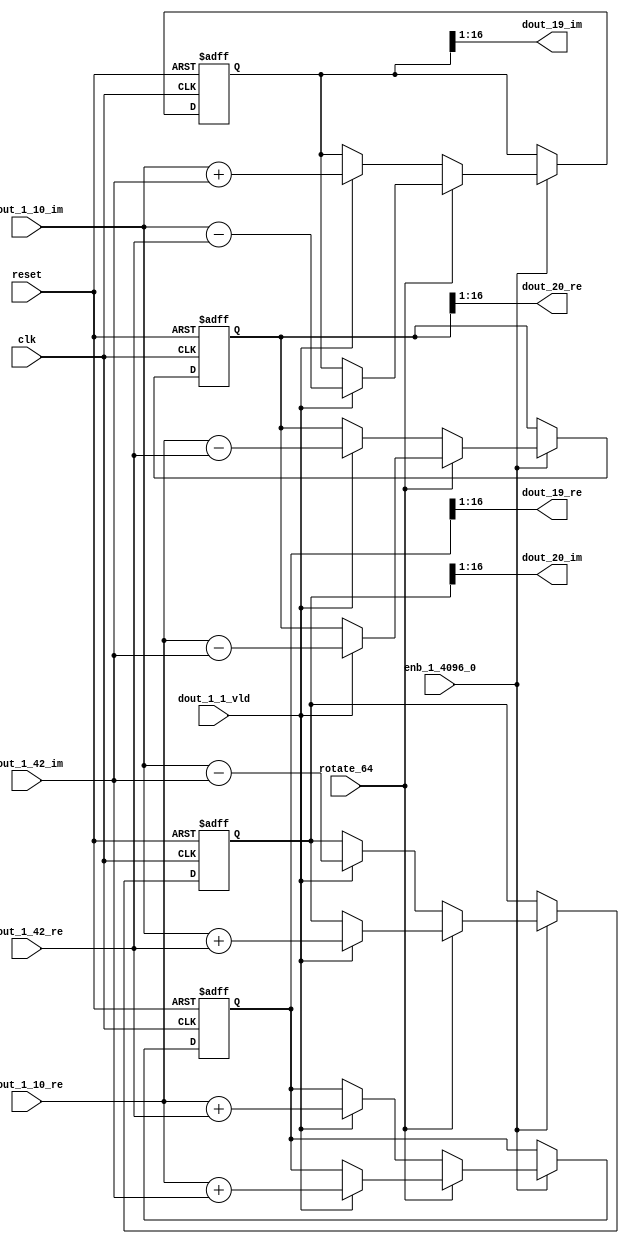
// -------------------------------------------------------------
// 
// 
// Generated by MATLAB 9.14 and HDL Coder 4.1
// 
// -------------------------------------------------------------


// -------------------------------------------------------------
// 
// Module: RADIX22FFT_SDNF2_2_block8
// Source Path: dsphdl.IFFT/RADIX22FFT_SDNF2_2
// Hierarchy Level: 4
// 
// -------------------------------------------------------------

`timescale 1 ns / 1 ns

module RADIX22FFT_SDNF2_2_block8
          (clk,
           reset,
           enb_1_4096_0,
           rotate_64,
           dout_1_10_re,
           dout_1_10_im,
           dout_1_42_re,
           dout_1_42_im,
           dout_1_1_vld,
           dout_19_re,
           dout_19_im,
           dout_20_re,
           dout_20_im);


  input   clk;
  input   reset;
  input   enb_1_4096_0;
  input   rotate_64;  // ufix1
  input   signed [15:0] dout_1_10_re;  // sfix16_En14
  input   signed [15:0] dout_1_10_im;  // sfix16_En14
  input   signed [15:0] dout_1_42_re;  // sfix16_En14
  input   signed [15:0] dout_1_42_im;  // sfix16_En14
  input   dout_1_1_vld;
  output  signed [15:0] dout_19_re;  // sfix16_En14
  output  signed [15:0] dout_19_im;  // sfix16_En14
  output  signed [15:0] dout_20_re;  // sfix16_En14
  output  signed [15:0] dout_20_im;  // sfix16_En14


  reg  Radix22ButterflyG2_NF_din_vld_dly;
  reg signed [16:0] Radix22ButterflyG2_NF_btf1_re_reg;  // sfix17
  reg signed [16:0] Radix22ButterflyG2_NF_btf1_im_reg;  // sfix17
  reg signed [16:0] Radix22ButterflyG2_NF_btf2_re_reg;  // sfix17
  reg signed [16:0] Radix22ButterflyG2_NF_btf2_im_reg;  // sfix17
  reg  Radix22ButterflyG2_NF_din_vld_dly_next;
  reg signed [16:0] Radix22ButterflyG2_NF_btf1_re_reg_next;  // sfix17_En14
  reg signed [16:0] Radix22ButterflyG2_NF_btf1_im_reg_next;  // sfix17_En14
  reg signed [16:0] Radix22ButterflyG2_NF_btf2_re_reg_next;  // sfix17_En14
  reg signed [16:0] Radix22ButterflyG2_NF_btf2_im_reg_next;  // sfix17_En14
  reg signed [15:0] dout_19_re_1;  // sfix16_En14
  reg signed [15:0] dout_19_im_1;  // sfix16_En14
  reg signed [15:0] dout_20_re_1;  // sfix16_En14
  reg signed [15:0] dout_20_im_1;  // sfix16_En14
  reg  dout_2_vld;
  reg signed [16:0] Radix22ButterflyG2_NF_add_cast;  // sfix17_En14
  reg signed [16:0] Radix22ButterflyG2_NF_add_cast_0;  // sfix17_En14
  reg signed [16:0] Radix22ButterflyG2_NF_add_cast_1;  // sfix17_En14
  reg signed [16:0] Radix22ButterflyG2_NF_add_cast_2;  // sfix17_En14
  reg signed [16:0] Radix22ButterflyG2_NF_sub_cast;  // sfix17_En14
  reg signed [16:0] Radix22ButterflyG2_NF_sub_cast_0;  // sfix17_En14
  reg signed [16:0] Radix22ButterflyG2_NF_sub_cast_1;  // sfix17_En14
  reg signed [16:0] Radix22ButterflyG2_NF_sub_cast_2;  // sfix17_En14
  reg signed [16:0] Radix22ButterflyG2_NF_sra_temp;  // sfix17_En14
  reg signed [16:0] Radix22ButterflyG2_NF_add_cast_3;  // sfix17_En14
  reg signed [16:0] Radix22ButterflyG2_NF_add_cast_4;  // sfix17_En14
  reg signed [16:0] Radix22ButterflyG2_NF_add_cast_5;  // sfix17_En14
  reg signed [16:0] Radix22ButterflyG2_NF_add_cast_6;  // sfix17_En14
  reg signed [16:0] Radix22ButterflyG2_NF_sra_temp_0;  // sfix17_En14
  reg signed [16:0] Radix22ButterflyG2_NF_sub_cast_3;  // sfix17_En14
  reg signed [16:0] Radix22ButterflyG2_NF_sub_cast_4;  // sfix17_En14
  reg signed [16:0] Radix22ButterflyG2_NF_sub_cast_5;  // sfix17_En14
  reg signed [16:0] Radix22ButterflyG2_NF_sub_cast_6;  // sfix17_En14
  reg signed [16:0] Radix22ButterflyG2_NF_sra_temp_1;  // sfix17_En14
  reg signed [16:0] Radix22ButterflyG2_NF_sra_temp_2;  // sfix17_En14


  // Radix22ButterflyG2_NF
  always @(posedge clk or posedge reset)
    begin : Radix22ButterflyG2_NF_process
      if (reset == 1'b1) begin
        Radix22ButterflyG2_NF_din_vld_dly <= 1'b0;
        Radix22ButterflyG2_NF_btf1_re_reg <= 17'sb00000000000000000;
        Radix22ButterflyG2_NF_btf1_im_reg <= 17'sb00000000000000000;
        Radix22ButterflyG2_NF_btf2_re_reg <= 17'sb00000000000000000;
        Radix22ButterflyG2_NF_btf2_im_reg <= 17'sb00000000000000000;
      end
      else begin
        if (enb_1_4096_0) begin
          Radix22ButterflyG2_NF_din_vld_dly <= Radix22ButterflyG2_NF_din_vld_dly_next;
          Radix22ButterflyG2_NF_btf1_re_reg <= Radix22ButterflyG2_NF_btf1_re_reg_next;
          Radix22ButterflyG2_NF_btf1_im_reg <= Radix22ButterflyG2_NF_btf1_im_reg_next;
          Radix22ButterflyG2_NF_btf2_re_reg <= Radix22ButterflyG2_NF_btf2_re_reg_next;
          Radix22ButterflyG2_NF_btf2_im_reg <= Radix22ButterflyG2_NF_btf2_im_reg_next;
        end
      end
    end

  always @(Radix22ButterflyG2_NF_btf1_im_reg, Radix22ButterflyG2_NF_btf1_re_reg,
       Radix22ButterflyG2_NF_btf2_im_reg, Radix22ButterflyG2_NF_btf2_re_reg,
       Radix22ButterflyG2_NF_din_vld_dly, dout_1_10_im, dout_1_10_re,
       dout_1_1_vld, dout_1_42_im, dout_1_42_re, rotate_64) begin
    Radix22ButterflyG2_NF_add_cast_1 = 17'sb00000000000000000;
    Radix22ButterflyG2_NF_add_cast_2 = 17'sb00000000000000000;
    Radix22ButterflyG2_NF_sub_cast_1 = 17'sb00000000000000000;
    Radix22ButterflyG2_NF_sub_cast_2 = 17'sb00000000000000000;
    Radix22ButterflyG2_NF_add_cast_5 = 17'sb00000000000000000;
    Radix22ButterflyG2_NF_add_cast_6 = 17'sb00000000000000000;
    Radix22ButterflyG2_NF_sub_cast_5 = 17'sb00000000000000000;
    Radix22ButterflyG2_NF_sub_cast_6 = 17'sb00000000000000000;
    Radix22ButterflyG2_NF_add_cast = 17'sb00000000000000000;
    Radix22ButterflyG2_NF_add_cast_0 = 17'sb00000000000000000;
    Radix22ButterflyG2_NF_sub_cast = 17'sb00000000000000000;
    Radix22ButterflyG2_NF_sub_cast_0 = 17'sb00000000000000000;
    Radix22ButterflyG2_NF_add_cast_3 = 17'sb00000000000000000;
    Radix22ButterflyG2_NF_add_cast_4 = 17'sb00000000000000000;
    Radix22ButterflyG2_NF_sub_cast_3 = 17'sb00000000000000000;
    Radix22ButterflyG2_NF_sub_cast_4 = 17'sb00000000000000000;
    Radix22ButterflyG2_NF_btf1_re_reg_next = Radix22ButterflyG2_NF_btf1_re_reg;
    Radix22ButterflyG2_NF_btf1_im_reg_next = Radix22ButterflyG2_NF_btf1_im_reg;
    Radix22ButterflyG2_NF_btf2_re_reg_next = Radix22ButterflyG2_NF_btf2_re_reg;
    Radix22ButterflyG2_NF_btf2_im_reg_next = Radix22ButterflyG2_NF_btf2_im_reg;
    Radix22ButterflyG2_NF_din_vld_dly_next = dout_1_1_vld;
    if (rotate_64 != 1'b0) begin
      if (dout_1_1_vld) begin
        Radix22ButterflyG2_NF_add_cast_1 = {dout_1_10_re[15], dout_1_10_re};
        Radix22ButterflyG2_NF_add_cast_2 = {dout_1_42_im[15], dout_1_42_im};
        Radix22ButterflyG2_NF_btf1_re_reg_next = Radix22ButterflyG2_NF_add_cast_1 + Radix22ButterflyG2_NF_add_cast_2;
        Radix22ButterflyG2_NF_sub_cast_1 = {dout_1_10_re[15], dout_1_10_re};
        Radix22ButterflyG2_NF_sub_cast_2 = {dout_1_42_im[15], dout_1_42_im};
        Radix22ButterflyG2_NF_btf2_re_reg_next = Radix22ButterflyG2_NF_sub_cast_1 - Radix22ButterflyG2_NF_sub_cast_2;
        Radix22ButterflyG2_NF_add_cast_5 = {dout_1_10_im[15], dout_1_10_im};
        Radix22ButterflyG2_NF_add_cast_6 = {dout_1_42_re[15], dout_1_42_re};
        Radix22ButterflyG2_NF_btf2_im_reg_next = Radix22ButterflyG2_NF_add_cast_5 + Radix22ButterflyG2_NF_add_cast_6;
        Radix22ButterflyG2_NF_sub_cast_5 = {dout_1_10_im[15], dout_1_10_im};
        Radix22ButterflyG2_NF_sub_cast_6 = {dout_1_42_re[15], dout_1_42_re};
        Radix22ButterflyG2_NF_btf1_im_reg_next = Radix22ButterflyG2_NF_sub_cast_5 - Radix22ButterflyG2_NF_sub_cast_6;
      end
    end
    else if (dout_1_1_vld) begin
      Radix22ButterflyG2_NF_add_cast = {dout_1_10_re[15], dout_1_10_re};
      Radix22ButterflyG2_NF_add_cast_0 = {dout_1_42_re[15], dout_1_42_re};
      Radix22ButterflyG2_NF_btf1_re_reg_next = Radix22ButterflyG2_NF_add_cast + Radix22ButterflyG2_NF_add_cast_0;
      Radix22ButterflyG2_NF_sub_cast = {dout_1_10_re[15], dout_1_10_re};
      Radix22ButterflyG2_NF_sub_cast_0 = {dout_1_42_re[15], dout_1_42_re};
      Radix22ButterflyG2_NF_btf2_re_reg_next = Radix22ButterflyG2_NF_sub_cast - Radix22ButterflyG2_NF_sub_cast_0;
      Radix22ButterflyG2_NF_add_cast_3 = {dout_1_10_im[15], dout_1_10_im};
      Radix22ButterflyG2_NF_add_cast_4 = {dout_1_42_im[15], dout_1_42_im};
      Radix22ButterflyG2_NF_btf1_im_reg_next = Radix22ButterflyG2_NF_add_cast_3 + Radix22ButterflyG2_NF_add_cast_4;
      Radix22ButterflyG2_NF_sub_cast_3 = {dout_1_10_im[15], dout_1_10_im};
      Radix22ButterflyG2_NF_sub_cast_4 = {dout_1_42_im[15], dout_1_42_im};
      Radix22ButterflyG2_NF_btf2_im_reg_next = Radix22ButterflyG2_NF_sub_cast_3 - Radix22ButterflyG2_NF_sub_cast_4;
    end
    Radix22ButterflyG2_NF_sra_temp = Radix22ButterflyG2_NF_btf1_re_reg >>> 8'd1;
    dout_19_re_1 = Radix22ButterflyG2_NF_sra_temp[15:0];
    Radix22ButterflyG2_NF_sra_temp_0 = Radix22ButterflyG2_NF_btf1_im_reg >>> 8'd1;
    dout_19_im_1 = Radix22ButterflyG2_NF_sra_temp_0[15:0];
    Radix22ButterflyG2_NF_sra_temp_1 = Radix22ButterflyG2_NF_btf2_re_reg >>> 8'd1;
    dout_20_re_1 = Radix22ButterflyG2_NF_sra_temp_1[15:0];
    Radix22ButterflyG2_NF_sra_temp_2 = Radix22ButterflyG2_NF_btf2_im_reg >>> 8'd1;
    dout_20_im_1 = Radix22ButterflyG2_NF_sra_temp_2[15:0];
    dout_2_vld = Radix22ButterflyG2_NF_din_vld_dly;
  end



  assign dout_19_re = dout_19_re_1;

  assign dout_19_im = dout_19_im_1;

  assign dout_20_re = dout_20_re_1;

  assign dout_20_im = dout_20_im_1;

endmodule  // RADIX22FFT_SDNF2_2_block8